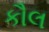
કૌલ